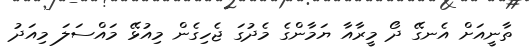
ތާނީއަށް އެނގޭ ދޯ މީރާއާ ޔަމާންގެ މެދުގަ ޖެހިގެން މިއުޅޭ މައްސަލަ މިއަދު